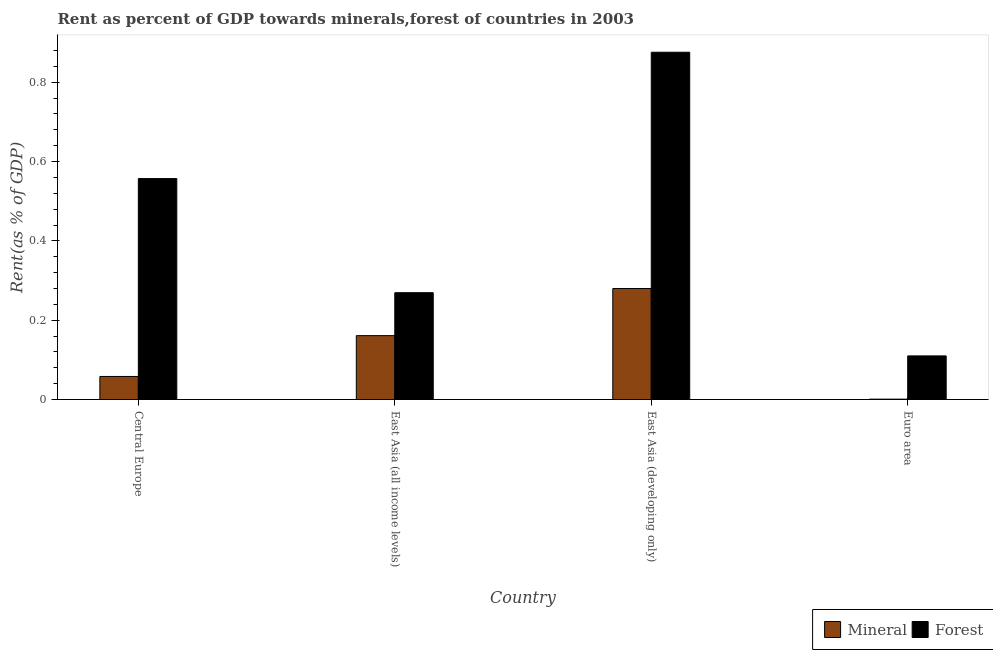
| Country | Mineral | Forest |
 | --- | --- | --- |
 | Central Europe | 0.0581 | 0.557 |
 | East Asia (all income levels) | 0.161 | 0.269 |
 | East Asia (developing only) | 0.28 | 0.876 |
 | Euro area | 0.000917 | 0.11 |